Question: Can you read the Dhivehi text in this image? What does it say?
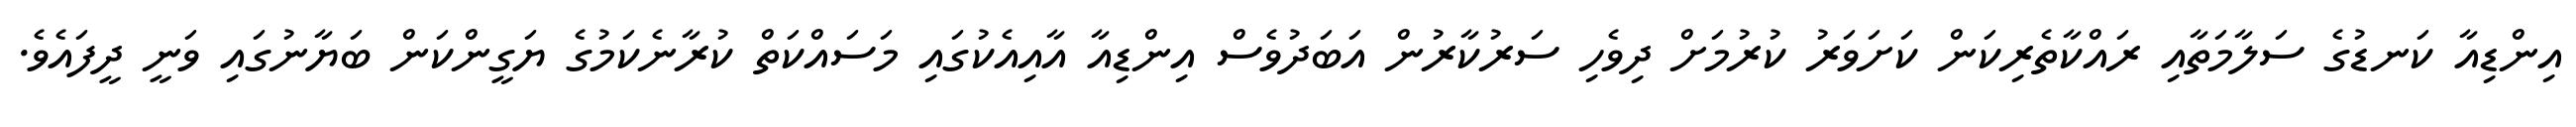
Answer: އިންޑިއާ ކަނޑުގެ ސަލާމަތާއި ރައްކާތެރިކަން ކަށަވަރު ކުރުމަށް ދިވެހި ސަރުކާރުން އަބަދުވެސް އިންޑިއާ އާއިއެކުގައި މަސައްކަތް ކުރާނެކަމުގެ ޔަގީންކަން ބަޔާނުގައި ވަނީ ދީފައެވެ.